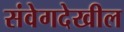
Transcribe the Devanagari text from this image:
संवेगदेखील